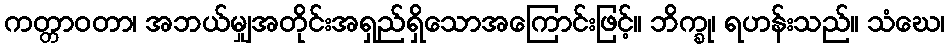
ကတ္တာဝတာ၊ အဘယ်မျှအတိုင်းအရှည်ရှိသောအကြောင်းဖြင့်။ ဘိက္ခု၊ ရဟန်းသည်။ သံဃေ၊